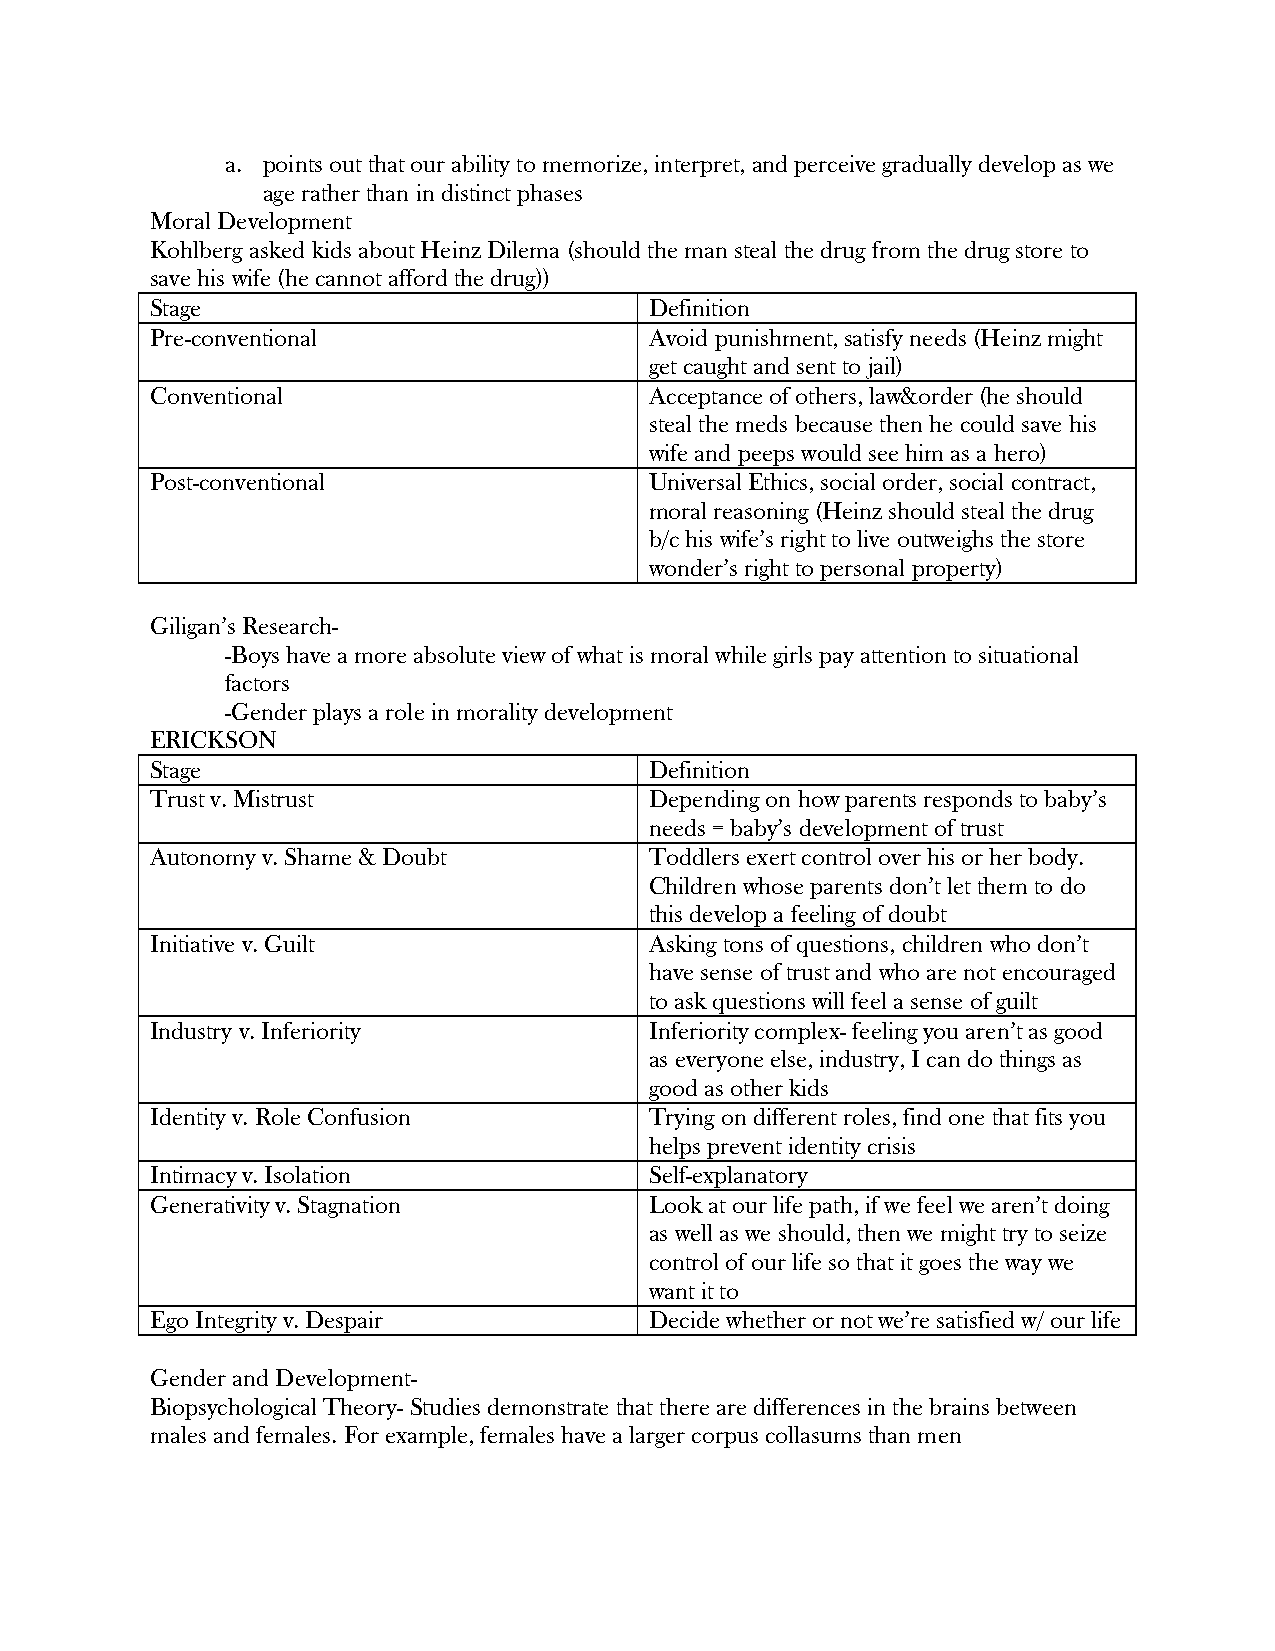
a. points out that our ability to memorize, interpret, and perceive gradually develop as we
 age rather than in distinct phases
 Moral Development
 Kohlberg asked kids about Heinz Dilema (should the man steal the drug from the drug store to
 save his wife (he cannot afford the drug))
 Stage                            Definition
 Pre-conventional                 Avoid punishment, satisfy needs (Heinz might
 get caught and sent to jail)
 Conventional                     Acceptance of others, law&order (he should
 steal the meds because then he could save his
 wife and peeps would see him as a hero)
 Post-conventional                Universal Ethics, social order, social contract,
 moral reasoning (Heinz should steal the drug
 b/c his wife’s right to live outweighs the store
 wonder’s right to personal property)
 Giligan’s Research-
 -Boys have a more absolute view of what is moral while girls pay attention to situational
 factors
 -Gender plays a role in morality development
 ERICKSON
 Stage                            Definition
 Trust v. Mistrust                Depending on how parents responds to baby’s
 needs = baby’s development of trust
 Autonomy v. Shame & Doubt        Toddlers exert control over his or her body.
 Children whose parents don’t let them to do
 this develop a feeling of doubt
 Initiative v. Guilt              Asking tons of questions, children who don’t
 have sense of trust and who are not encouraged
 to ask questions will feel a sense of guilt
 Industry v. Inferiority          Inferiority complex- feeling you aren’t as good
 as everyone else, industry, I can do things as
 good as other kids
 Identity v. Role Confusion       Trying on different roles, find one that fits you
 helps prevent identity crisis
 Intimacy v. Isolation            Self-explanatory
 Generativity v. Stagnation       Look at our life path, if we feel we aren’t doing
 as well as we should, then we might try to seize
 control of our life so that it goes the way we
 want it to
 Ego Integrity v. Despair         Decide whether or not we’re satisfied w/ our life
 Gender and Development-
 Biopsychological Theory- Studies demonstrate that there are differences in the brains between
 males and females. For example, females have a larger corpus collasums than men